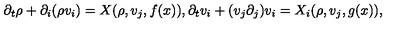
\partial _ { t } \rho + \partial _ { i } ( \rho v _ { i } ) = X ( \rho , v _ { j } , f ( x ) ) , \partial _ { t } v _ { i } + ( v _ { j } \partial _ { j } ) v _ { i } = X _ { i } ( \rho , v _ { j } , g ( x ) ) ,